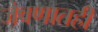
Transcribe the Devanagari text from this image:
जेवणातही